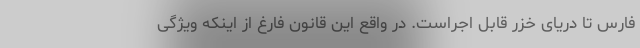
فارس تا دریای خزر قابل اجراست. در واقع این قانون فارغ از اینکه ویژگی